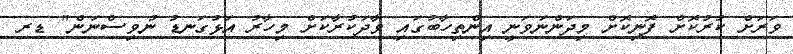
ވަރަށް ކުރުކޮށް ފޮނިކޮށް މިދަންނަވަނީ އިންތިހާބުގައި ވާދަކުރާކަށް މިހާރު އަޅުގަނޑު ނުވިސްނަން" ޑރ